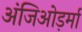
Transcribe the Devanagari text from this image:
अंजिओड़र्मा